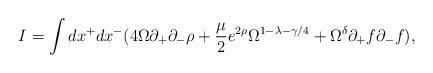
LaTeX: \begin{align*}I = \int dx^+ dx^- ( 4 \Omega \partial_+ \partial_-\rho + \frac{\mu}{2} e^{2 \rho } \Omega^{1 - \lambda -\gamma / 4} + \Omega^{\delta} \partial_+ f\partial_- f ),\end{align*}